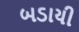
બડાયી